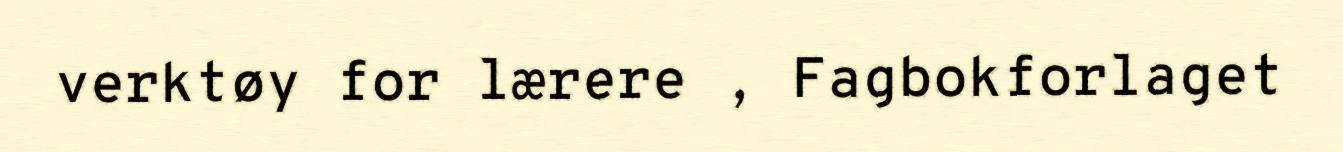
verktøy for lærere , Fagbokforlaget